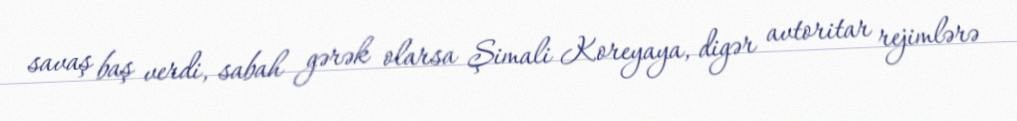
savaş baş verdi, sabah gərək olarsa Şimali Koreyaya, digər avtoritar rejimlərə